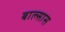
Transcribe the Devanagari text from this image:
बाल्सास